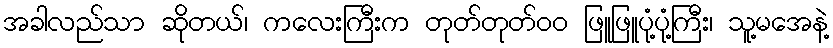
အခါလည်သာ ဆိုတယ်၊ ကလေးကြီးက တုတ်တုတ်၀၀ ဖြူဖြူပုံ့ပုံ့ကြီး၊ သူ့မအေနဲ့